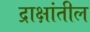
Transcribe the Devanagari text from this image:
द्राक्षांतील